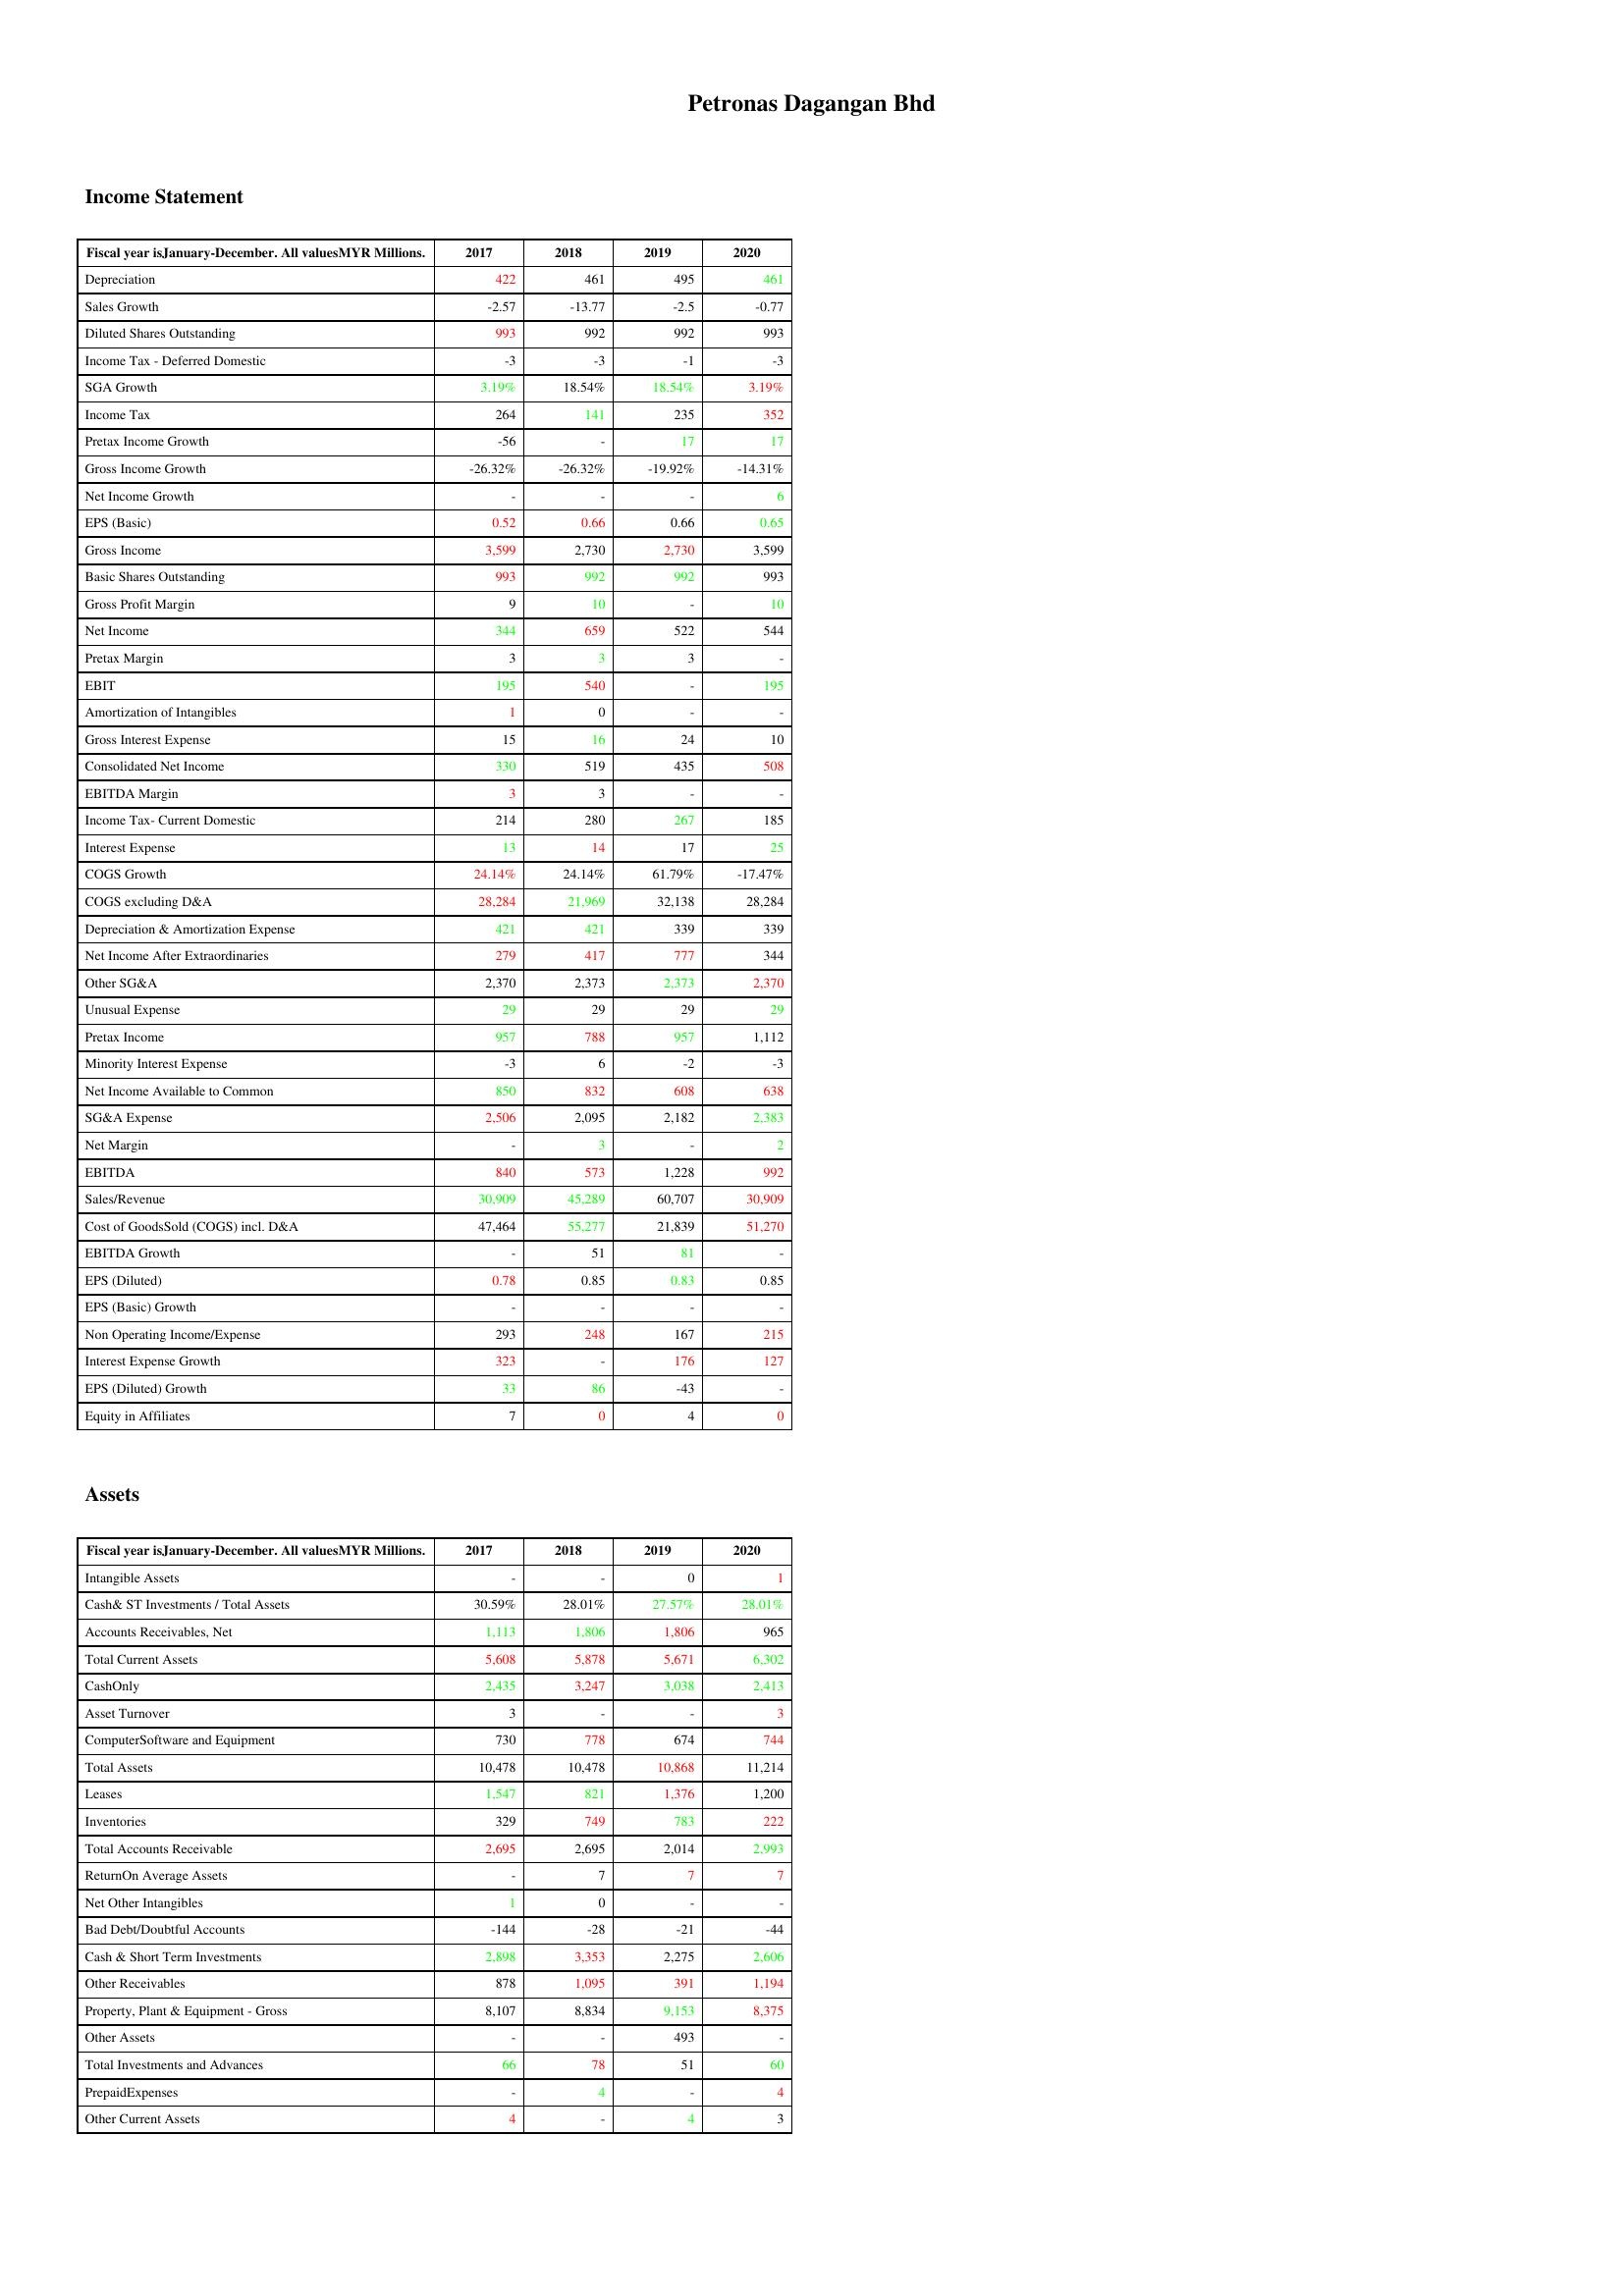
gt_parse: 2017: Income Statement: Depreciation: 422
Sales Growth: -2.57
Diluted Shares Outstanding: 993
Income Tax - Deferred Domestic: -3
SGA Growth: 3.19%
Income Tax: 264
Pretax Income Growth: -56
Gross Income Growth: -26.32%
Net Income Growth: -
EPS (Basic): 0.52
Gross Income: 3,599
Basic Shares Outstanding: 993
Gross Profit Margin: 9
Net Income: 344
Pretax Margin: 3
EBIT: 195
Amortization of Intangibles: 1
Gross Interest Expense: 15
Consolidated Net Income: 330
EBITDA Margin: 3
Income Tax- Current Domestic: 214
Interest Expense: 13
COGS Growth: 24.14%
COGS excluding D&A: 28,284
Depreciation & Amortization Expense: 421
Net Income After Extraordinaries: 279
Other SG&A: 2,370
Unusual Expense: 29
Pretax Income: 957
Minority Interest Expense: -3
Net Income Available to Common: 850
SG&A Expense: 2,506
Net Margin: -
EBITDA: 840
Sales/Revenue: 30,909
Cost of GoodsSold (COGS) incl. D&A: 47,464
EBITDA Growth: -
EPS (Diluted): 0.78
EPS (Basic) Growth: -
Non Operating Income/Expense: 293
Interest Expense Growth: 323
EPS (Diluted) Growth: 33
Equity in Affiliates: 7
Assets: Intangible Assets: -
Cash& ST Investments / Total Assets: 30.59%
Accounts Receivables, Net: 1,113
Total Current Assets: 5,608
CashOnly: 2,435
Asset Turnover: 3
ComputerSoftware and Equipment: 730
Total Assets: 10,478
Leases: 1,547
Inventories: 329
Total Accounts Receivable: 2,695
ReturnOn Average Assets: -
Net Other Intangibles: 1
Bad Debt/Doubtful Accounts: -144
Cash & Short Term Investments: 2,898
Other Receivables: 878
Property, Plant & Equipment - Gross : 8,107
Other Assets: -
Total Investments and Advances: 66
PrepaidExpenses: -
Other Current Assets: 4
2018: Income Statement: Depreciation: 461
Sales Growth: -13.77
Diluted Shares Outstanding: 992
Income Tax - Deferred Domestic: -3
SGA Growth: 18.54%
Income Tax: 141
Pretax Income Growth: -
Gross Income Growth: -26.32%
Net Income Growth: -
EPS (Basic): 0.66
Gross Income: 2,730
Basic Shares Outstanding: 992
Gross Profit Margin: 10
Net Income: 659
Pretax Margin: 3
EBIT: 540
Amortization of Intangibles: 0
Gross Interest Expense: 16
Consolidated Net Income: 519
EBITDA Margin: 3
Income Tax- Current Domestic: 280
Interest Expense: 14
COGS Growth: 24.14%
COGS excluding D&A: 21,969
Depreciation & Amortization Expense: 421
Net Income After Extraordinaries: 417
Other SG&A: 2,373
Unusual Expense: 29
Pretax Income: 788
Minority Interest Expense: 6
Net Income Available to Common: 832
SG&A Expense: 2,095
Net Margin: 3
EBITDA: 573
Sales/Revenue: 45,289
Cost of GoodsSold (COGS) incl. D&A: 55,277
EBITDA Growth: 51
EPS (Diluted): 0.85
EPS (Basic) Growth: -
Non Operating Income/Expense: 248
Interest Expense Growth: -
EPS (Diluted) Growth: 86
Equity in Affiliates: 0
Assets: Intangible Assets: -
Cash& ST Investments / Total Assets: 28.01%
Accounts Receivables, Net: 1,806
Total Current Assets: 5,878
CashOnly: 3,247
Asset Turnover: -
ComputerSoftware and Equipment: 778
Total Assets: 10,478
Leases: 821
Inventories: 749
Total Accounts Receivable: 2,695
ReturnOn Average Assets: 7
Net Other Intangibles: 0
Bad Debt/Doubtful Accounts: -28
Cash & Short Term Investments: 3,353
Other Receivables: 1,095
Property, Plant & Equipment - Gross : 8,834
Other Assets: -
Total Investments and Advances: 78
PrepaidExpenses: 4
Other Current Assets: -
2019: Income Statement: Depreciation: 495
Sales Growth: -2.5
Diluted Shares Outstanding: 992
Income Tax - Deferred Domestic: -1
SGA Growth: 18.54%
Income Tax: 235
Pretax Income Growth: 17
Gross Income Growth: -19.92%
Net Income Growth: -
EPS (Basic): 0.66
Gross Income: 2,730
Basic Shares Outstanding: 992
Gross Profit Margin: -
Net Income: 522
Pretax Margin: 3
EBIT: -
Amortization of Intangibles: -
Gross Interest Expense: 24
Consolidated Net Income: 435
EBITDA Margin: -
Income Tax- Current Domestic: 267
Interest Expense: 17
COGS Growth: 61.79%
COGS excluding D&A: 32,138
Depreciation & Amortization Expense: 339
Net Income After Extraordinaries: 777
Other SG&A: 2,373
Unusual Expense: 29
Pretax Income: 957
Minority Interest Expense: -2
Net Income Available to Common: 608
SG&A Expense: 2,182
Net Margin: -
EBITDA: 1,228
Sales/Revenue: 60,707
Cost of GoodsSold (COGS) incl. D&A: 21,839
EBITDA Growth: 81
EPS (Diluted): 0.83
EPS (Basic) Growth: -
Non Operating Income/Expense: 167
Interest Expense Growth: 176
EPS (Diluted) Growth: -43
Equity in Affiliates: 4
Assets: Intangible Assets: 0
Cash& ST Investments / Total Assets: 27.57%
Accounts Receivables, Net: 1,806
Total Current Assets: 5,671
CashOnly: 3,038
Asset Turnover: -
ComputerSoftware and Equipment: 674
Total Assets: 10,868
Leases: 1,376
Inventories: 783
Total Accounts Receivable: 2,014
ReturnOn Average Assets: 7
Net Other Intangibles: -
Bad Debt/Doubtful Accounts: -21
Cash & Short Term Investments: 2,275
Other Receivables: 391
Property, Plant & Equipment - Gross : 9,153
Other Assets: 493
Total Investments and Advances: 51
PrepaidExpenses: -
Other Current Assets: 4
2020: Income Statement: Depreciation: 461
Sales Growth: -0.77
Diluted Shares Outstanding: 993
Income Tax - Deferred Domestic: -3
SGA Growth: 3.19%
Income Tax: 352
Pretax Income Growth: 17
Gross Income Growth: -14.31%
Net Income Growth: 6
EPS (Basic): 0.65
Gross Income: 3,599
Basic Shares Outstanding: 993
Gross Profit Margin: 10
Net Income: 544
Pretax Margin: -
EBIT: 195
Amortization of Intangibles: -
Gross Interest Expense: 10
Consolidated Net Income: 508
EBITDA Margin: -
Income Tax- Current Domestic: 185
Interest Expense: 25
COGS Growth: -17.47%
COGS excluding D&A: 28,284
Depreciation & Amortization Expense: 339
Net Income After Extraordinaries: 344
Other SG&A: 2,370
Unusual Expense: 29
Pretax Income: 1,112
Minority Interest Expense: -3
Net Income Available to Common: 638
SG&A Expense: 2,383
Net Margin: 2
EBITDA: 992
Sales/Revenue: 30,909
Cost of GoodsSold (COGS) incl. D&A: 51,270
EBITDA Growth: -
EPS (Diluted): 0.85
EPS (Basic) Growth: -
Non Operating Income/Expense: 215
Interest Expense Growth: 127
EPS (Diluted) Growth: -
Equity in Affiliates: 0
Assets: Intangible Assets: 1
Cash& ST Investments / Total Assets: 28.01%
Accounts Receivables, Net: 965
Total Current Assets: 6,302
CashOnly: 2,413
Asset Turnover: 3
ComputerSoftware and Equipment: 744
Total Assets: 11,214
Leases: 1,200
Inventories: 222
Total Accounts Receivable: 2,993
ReturnOn Average Assets: 7
Net Other Intangibles: -
Bad Debt/Doubtful Accounts: -44
Cash & Short Term Investments: 2,606
Other Receivables: 1,194
Property, Plant & Equipment - Gross : 8,375
Other Assets: -
Total Investments and Advances: 60
PrepaidExpenses: 4
Other Current Assets: 3